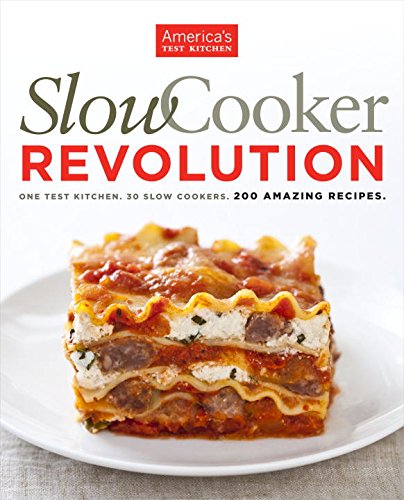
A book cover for Slow Cooker Revolution; Cookbooks, Food & Wine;